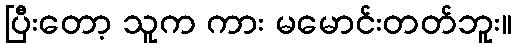
ပြီးတော့ သူက ကား မမောင်းတတ်ဘူး။